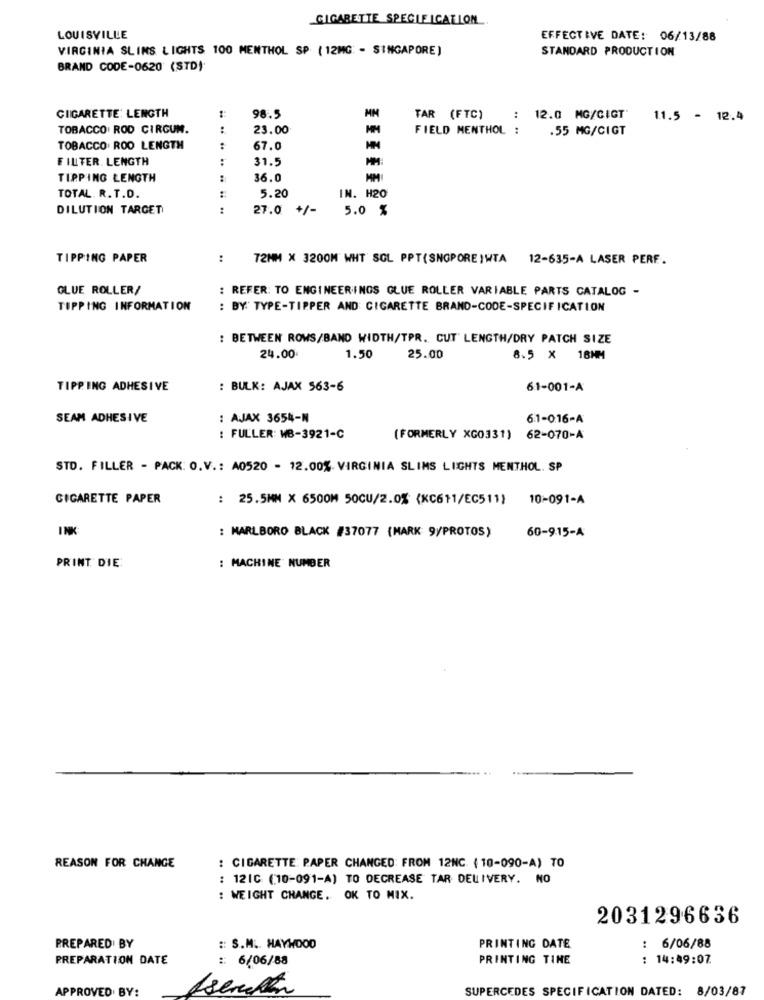
GIGABETTE SPECLE ICALLON
LOUISVILLE
EFFECTIVE DATE: 06/13/88
VIRGINIA SLIMS LIGHTS 100 MENTHOL SP ( 12MG: - SINGAPORE)
STANDARD PRODUCTION
BRAND CODE-0620 (STD)
98.5
CIGARETTE: LENGTH
TAR (FTC)
:
12.0 MG/CIGT'
11.5 - 12.4
TOBACCO: ROD CIRCUN.
.. ..
23.00
MM
FIELD MENTHOL :
.55 MG/CIGT
TOBACCO ROO LENGTH
:
67.0
FILTER. LENGTH
31.5
MM:
TIPPING LENGTH
:
36.0
TOTAL. R. T.D.
5.20
IN. H20
DILUTION TARGET
:
27.0 +/-
5.0 %
TIPPING PAPER
:
72MM X 3200M WHT SOL PPT(SNGPORE)WTA 12-635-A LASER PERF.
GLUE ROLLER/
: REFER: TO ENGINEERINGS GLUE ROLLER VARIABLE PARTS CATALOG -
TIPPING INFORMATION
: BY" TYPE-TIPPER AND CIGARETTE BRAND-CODE-SPECIFICATION
: BETWEEN ROWS/BAND WIDTH/TPR. CUT' LENGTH/DRY PATCH SIZE
24.00
1.50
25.00
8.5 X 18MM
TIPPING ADHESIVE
: BULK: AJAX 563-6
61-001-A
SEAM ADHESIVE
: AJAX 3654-N
61-016-A
: FULLER: MB-3921-C
(FORMERLY XG0331)
62-070-A
STD. FILLER - PACK: O.V .: A0520 - 12.00%. VIRGINIA SLIMS LIGHTS MENTHOL. SP
CIGARETTE PAPER
: 25.5MM X 6500M 50CU/2.0% (KC611/EC511) 10-091-A
INK:
60-9.15-A
: MARLBORO BLACK #37077 (MARK 9/PROTOS)
PRINT. DIE
: MACHINE NUMBER
REASON FOR CHANGE
: CIGARETTE: PAPER CHANGED: FROM 12NC. (10-090-A) TO
: 121C (10-091-A) TO DECREASE TAR DELIVERY. NO
: WEIGHT CHANGE. OK TO MIX.
2031296636
PREPARED BY
:: S.M. HAYWOOD
PRINTING DATE
: 6/06/88
PREPARATION DATE
:: 6/06/88
PRINTING TINE
: 14:49:07.
APPROVED BY:
SUPERCEDES SPECIFICATION DATED: 8/03/87